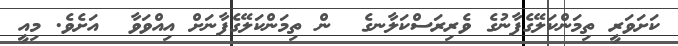
ކަށަވަރީ ތިމަންކަލޭގެފާނުގެ ވެރިރަސްކަލާނގެ  ން ތިމަންކަލޭގެފާނަށް އިއްވަވާ  އަށެވެ. މިއީ